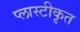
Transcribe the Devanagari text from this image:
प्लास्टीकृत